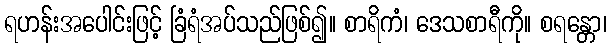
ရဟန်းအပေါင်းဖြင့် ခြံရံအပ်သည်ဖြစ်၍။ စာရိကံ၊ ဒေသစာရီကို။ စရန္တော၊